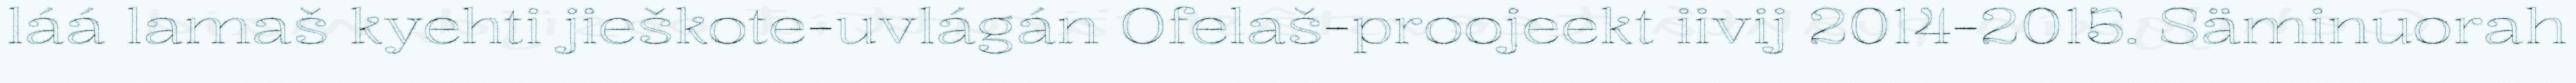
láá lamaš kyehti jieškote-uvlágán Ofelaš-proojeekt iivij 2014-2015. Säminuorah